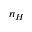
n _ { H }